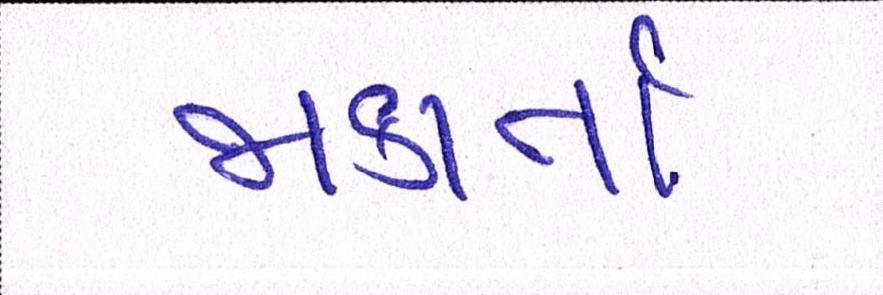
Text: જાકાર્તા